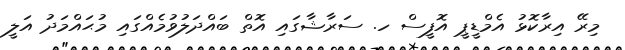
މިރޭ އިރާކޮޅު އެމްޑީޕީ އޮފީސް ހ. ސަރާޝާގައި އޮތް ބައްދަލުވުމެއްގައި މުޙައްމަދު އަލީ